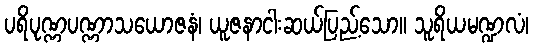
ပရိပုဏ္ဏပဏ္ဏာသယောဇနံ၊ ယူဇနာငါးဆယ်ပြည့်သော။ သူရိယမဏ္ဍလံ၊